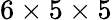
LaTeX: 6\times 5\times 5